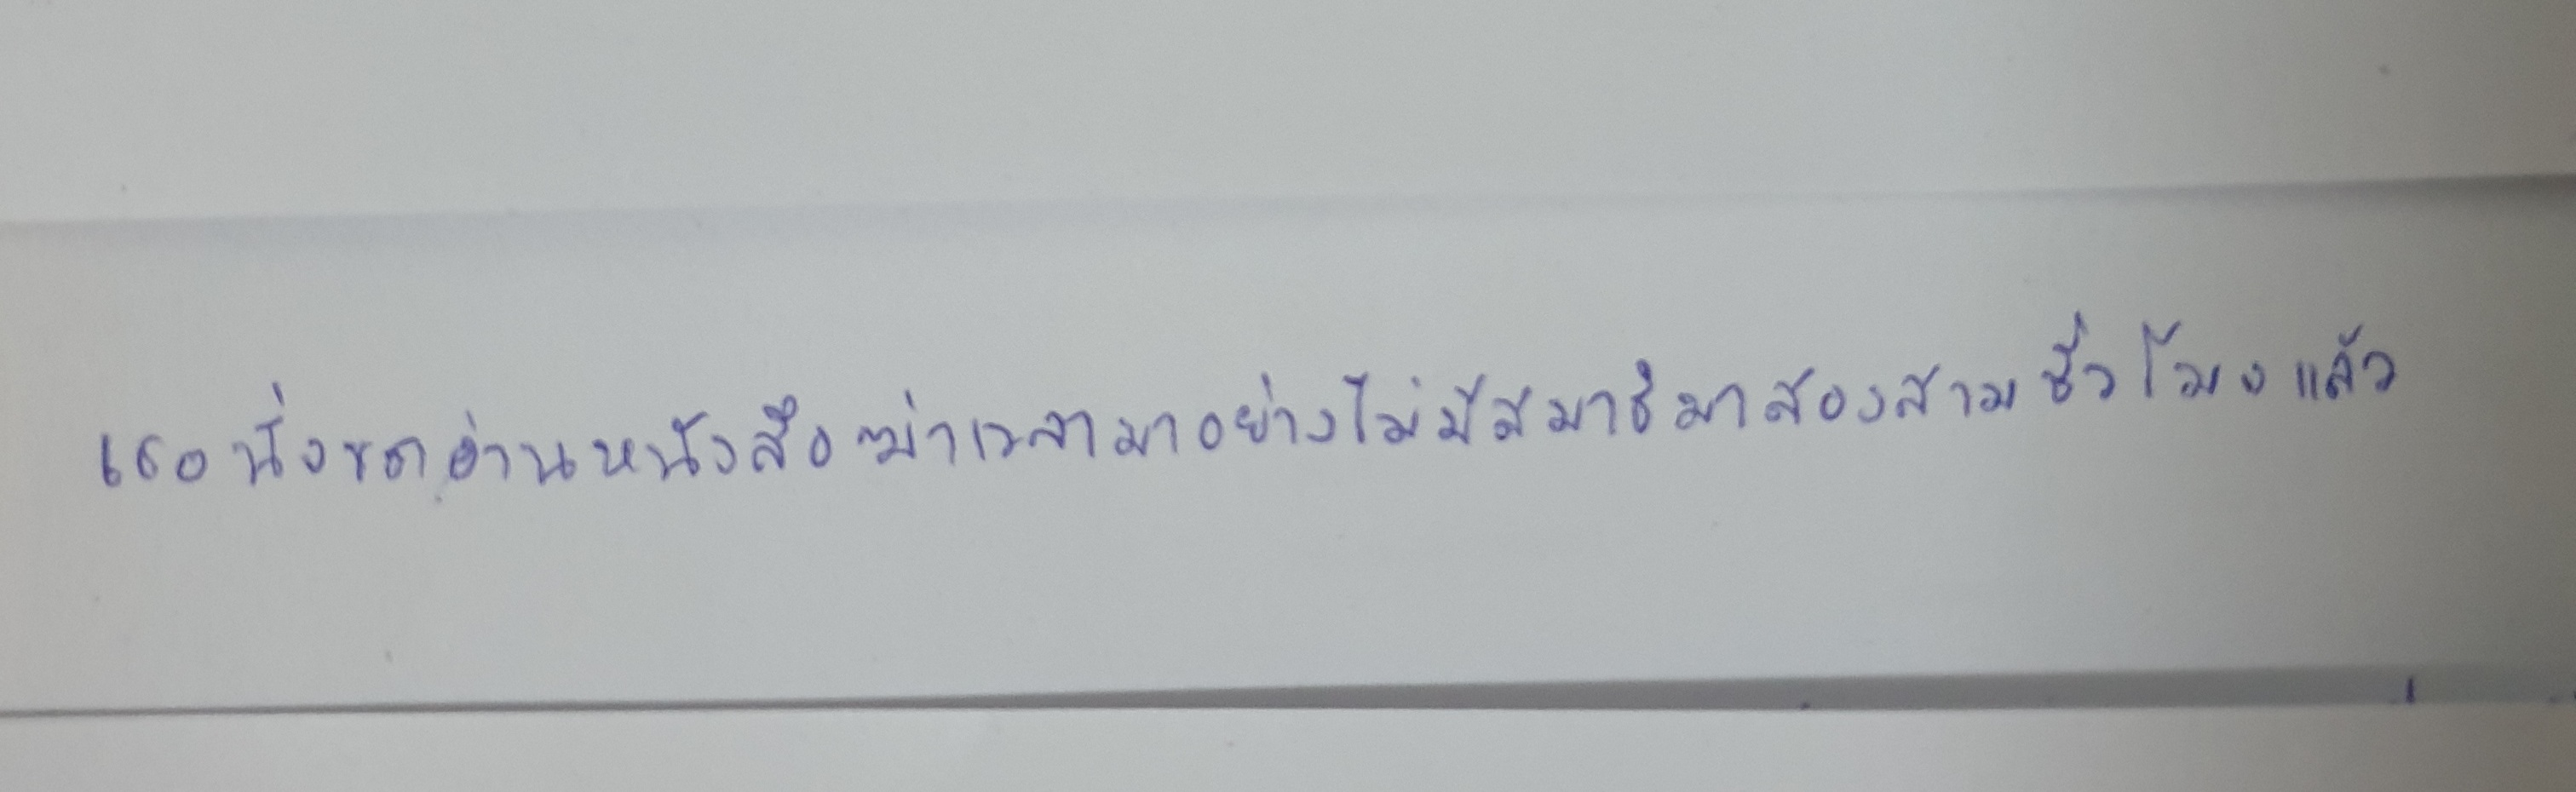
เธอนั่งขดอ่านหนังสือฆ่าเวลามาอย่างไม่มีสมาธิมาสองสามชั่วโมงแล้ว